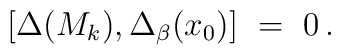
[\Delta( M_k ) , \Delta_\beta( x_0 ) ] \ = \ 0\, .